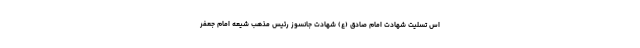
اس تسلیت شهادت امام صادق (ع) شهادت جانسوز رئیس مذهب شیعه امام جعفر